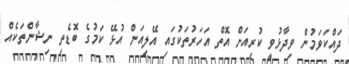
ދައްކަވަމުން ވިދާޅުވީ ކުރިއަށް އޮތް އަހަރުތަކުގައި އޭލިއަން އުޅޭ ކަމުގެ ބޮޑެތި ނިޝާންތަކެއް